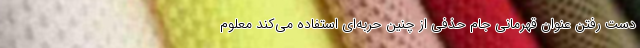
دست رفتن عنوان قهرمانی جام حذفی از چنین حربه‌ای استفاده می‌کند معلوم